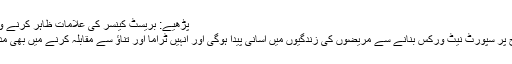
پڑھیے: بریسٹ کینسر کی علامات ظاہر کرنے والی تصویر
مقامی سطح پر سپورٹ نیٹ ورکس بنانے سے مریضوں کی زندگیوں میں آسانی پیدا ہوگی اور انہیں ٹراما اور تناؤ سے مقابلہ کرنے میں بھی مدد ملے گی۔